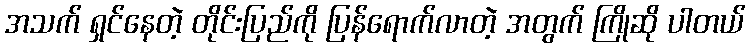
အသက် ရှင်နေတဲ့ တိုင်းပြည်ကို ပြန်ရောက်လာတဲ့ အတွက် ကြိုဆို ပါတယ်